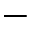
-